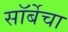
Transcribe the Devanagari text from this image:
सॉर्बेचा